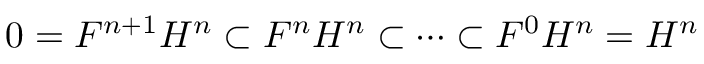
0 = F ^ { n + 1 } H ^ { n } \subset F ^ { n } H ^ { n } \subset \dots \subset F ^ { 0 } H ^ { n } = H ^ { n }